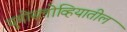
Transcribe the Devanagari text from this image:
युगोस्लोव्हियातील